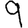
Digit: 9